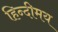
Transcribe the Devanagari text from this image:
हिन्दीमय